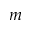
m _ { \l }